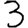
Digit: 3